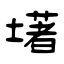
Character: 墸